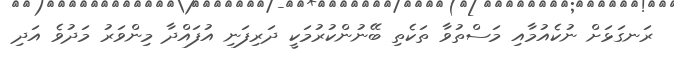
ރަނގަޅަށް ނުކެއުމާއި މަސްތުވާ ތަކެތި ބޭނުންކުރުމަކީ ދަރިފަނި އުފައްދާ މިންވަރު މަދުވެ އަދި